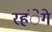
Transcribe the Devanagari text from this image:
रहंेगे